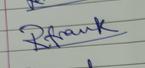
Signature authenticity: genuine